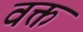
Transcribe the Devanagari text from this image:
वक्त्त